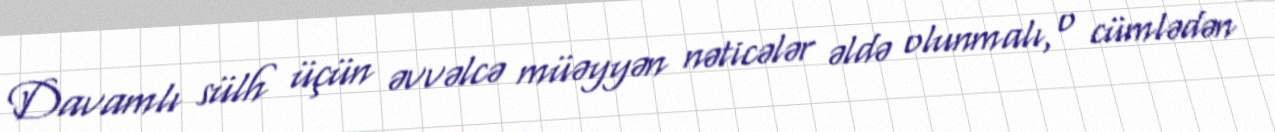
Davamlı sülh üçün əvvəlcə müəyyən nəticələr əldə olunmalı, o cümlədən